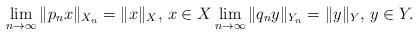
LaTeX: \begin{align*}\lim_{n \to \infty} \|p_n x\|_{X_n}=\|x\|_X, \, x \in X \lim_{n \to \infty} \|q_n y\|_{Y_n}=\|y\|_Y, \, y \in Y.\end{align*}